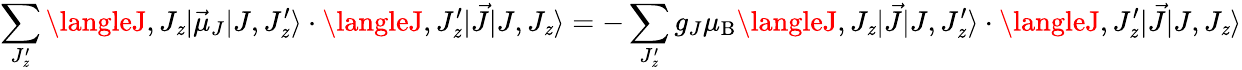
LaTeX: \sum_{J_{\mathit{z}}^{\prime}}\langleJ,J_{\mathit{z}}|{\vec{{\mu}}}_{J}|J,J_{\mathit{z}}^{\prime}\rangle\cdot\langleJ,J_{\mathit{z}}^{\prime}|{\vec{{J}}}|J,J_{\mathit{z}}\rangle=-\sum_{J_{\mathit{z}}^{\prime}}g_{J}\mu_{\mathrm{{{B}}}}\langleJ,J_{\mathit{z}}|{\vec{{J}}}|J,J_{\mathit{z}}^{\prime}\rangle\cdot\langleJ,J_{\mathit{z}}^{\prime}|{\vec{{J}}}|J,J_{\mathit{z}}\rangle